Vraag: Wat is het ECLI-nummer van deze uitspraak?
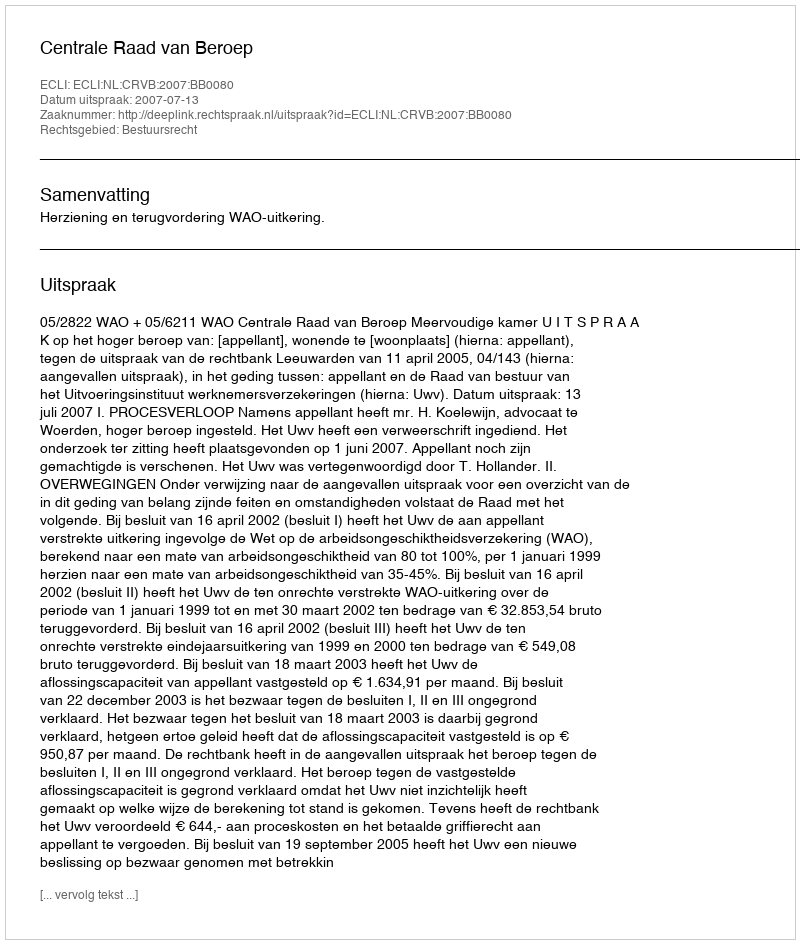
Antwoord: ECLI:NL:CRVB:2007:BB0080